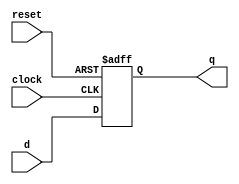
`timescale 1ns / 1ps
//////////////////////////////////////////////////////////////////////////////////
// Company: 
// Engineer: 
// 
// Design Name: 
// Module Name:    Registro_N_bits 
// Project Name: 
// Target Devices: 
// Tool versions: 
// Description: 
//
// Dependencies: 
//
// Revision: 
// Revision 0.01 - File Created
// Additional Comments: 
//
//////////////////////////////////////////////////////////////////////////////////
module Registro_N_bits

#(parameter N = 6)
(
  input wire clock,
  input wire reset,
  input wire signed  [N-1:0] d ,
  output reg signed [N-1:0] q  
  );

// declaracion de las entradas 
// cuerpo 

always @(posedge clock , posedge reset) 
	 if (reset)
		q <= 0; // si reset esta en alto salidas en 0
	else 
      q <= d; // si el enable esta en alto q toma el valor de la entrada d 
endmodule